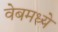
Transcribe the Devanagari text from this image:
वेबमध्ये